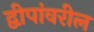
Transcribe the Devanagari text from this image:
द्वीपांवरील